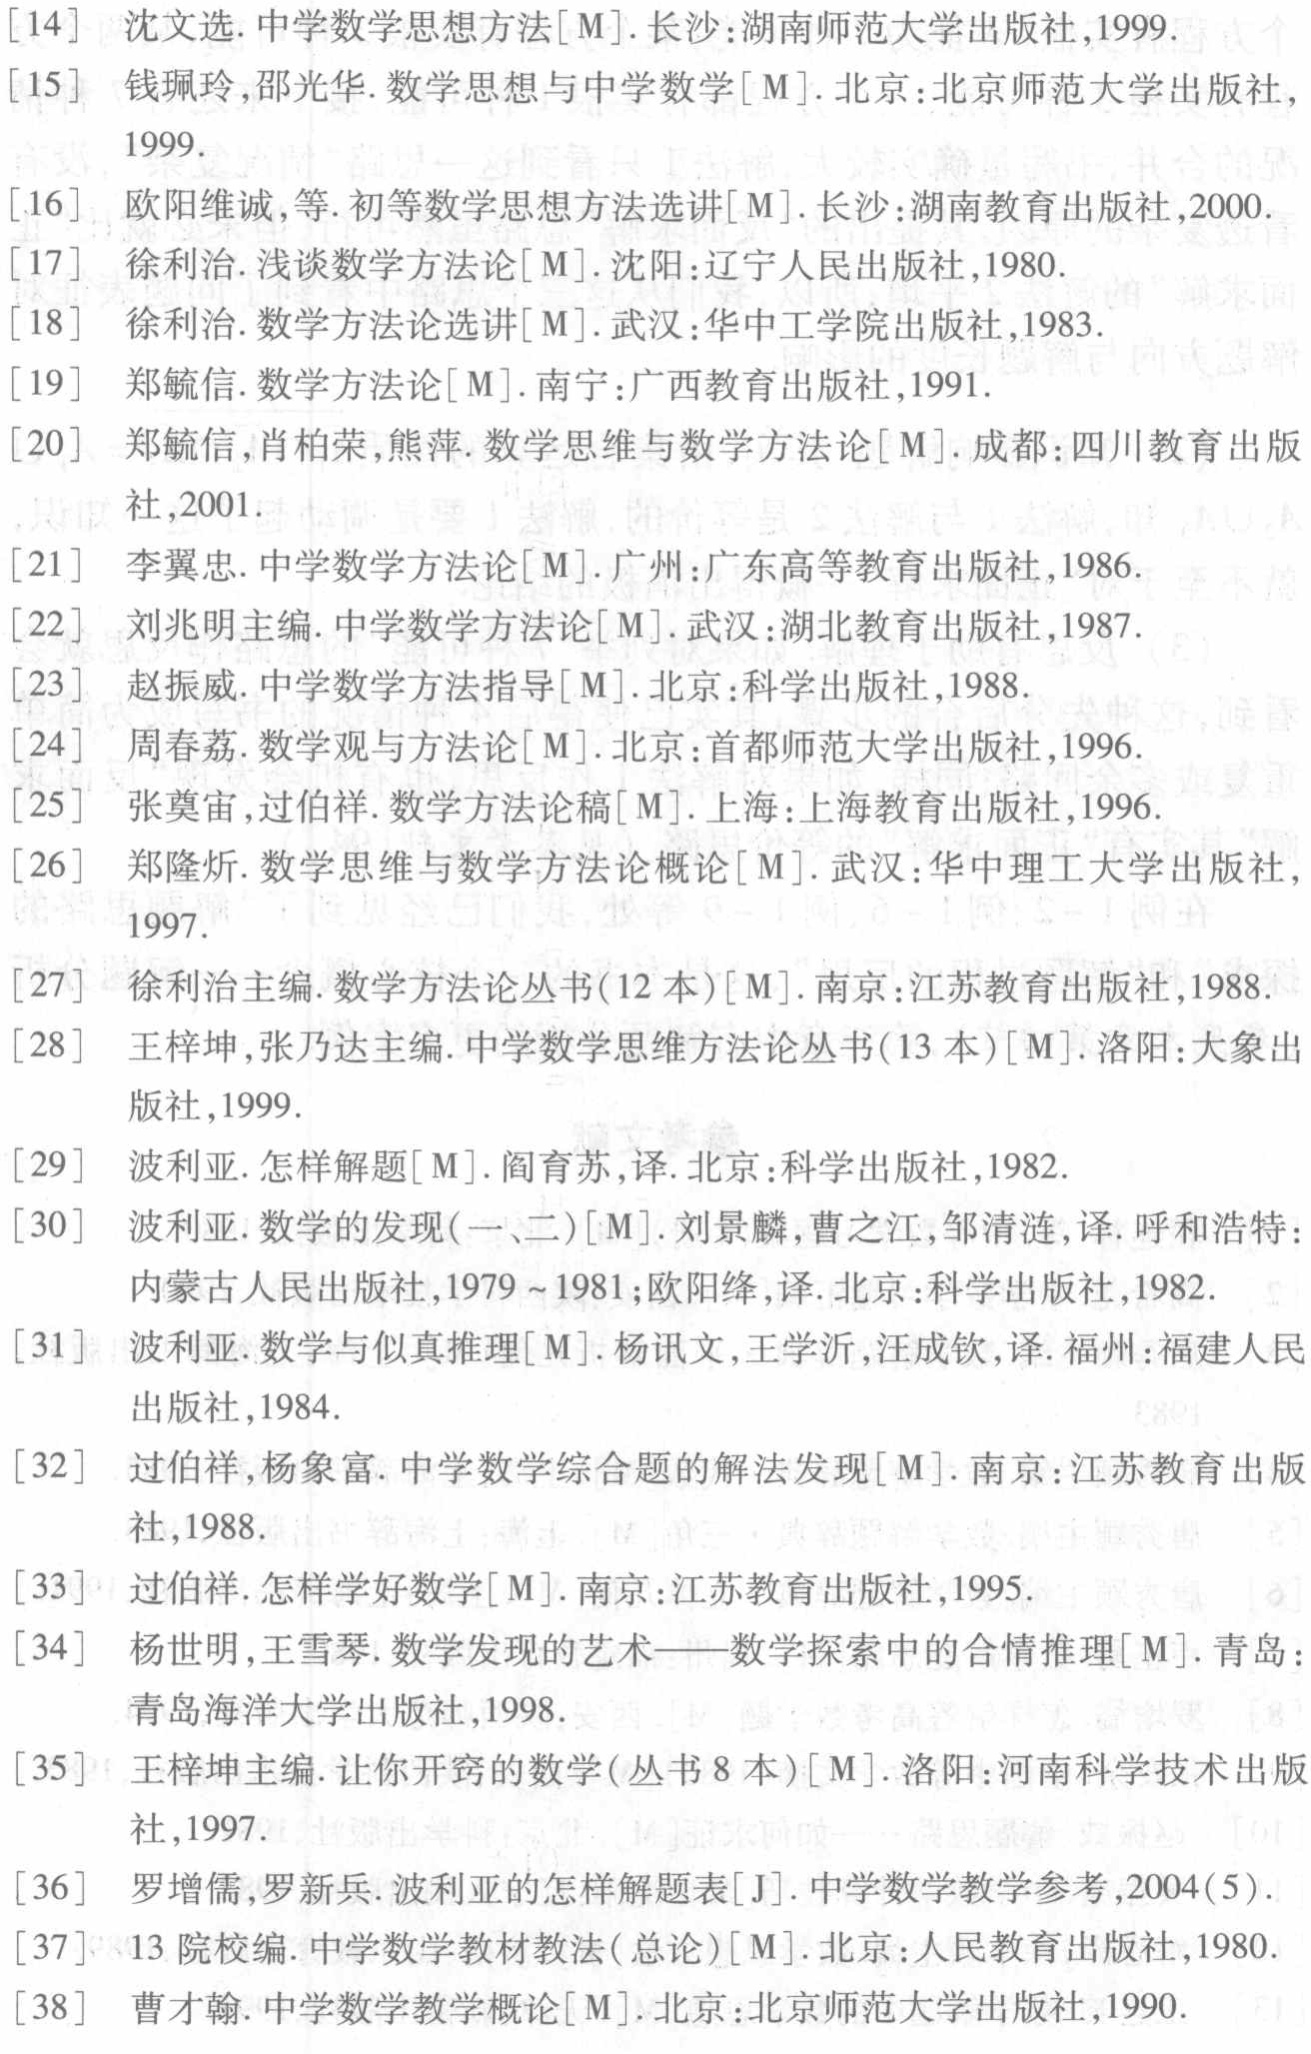
\begin{enumerate}

\item 沈文选. 中学数学思想方法[M]. 长沙:湖南师范大学出版社,1999.

\item 钱珮玲,邵光华. 数学思想与中学数学[M]. 北京:北京师范大学出版社,1999.

\item 欧阳维诚,等. 初等数学思想方法选讲[M]. 长沙:湖南教育出版社,2000.

\item 徐利治. 浅谈数学方法论[M]. 沈阳:辽宁人民出版社,1980.

\item 徐利治. 数学方法论选讲[M]. 武汉:华中工学院出版社,1983.

\item 郑毓信. 数学方法论[M]. 南宁:广西教育出版社,1991.

\item 郑毓信,肖柏荣,熊萍. 数学思维与数学方法论[M]. 成都:四川教育出版社,2001.

\item 李翼忠. 中学数学方法论[M]. 广州:广东高等教育出版社,1986.

\item 刘兆明主编. 中学数学方法论[M]. 武汉:湖北教育出版社,1987.

\item 赵振威. 中学数学方法指导[M]. 北京:科学出版社,1988.

\item 周春荔. 数学观与方法论[M]. 北京:首都师范大学出版社,1996.

\item 张奠宙,过伯祥. 数学方法论稿[M]. 上海:上海教育出版社,1996.

\item 郑隆炘. 数学思维与数学方法论概论[M]. 武汉:华中理工大学出版社,1997.

\item 徐利治主编. 数学方法论丛书(12本)[M]. 南京:江苏教育出版社,1988.

\item 王梓坤,张乃达主编. 中学数学思维方法论丛书(13本)[M]. 洛阳:大象出版社,1999.

\item 波利亚. 怎样解题[M]. 阎育苏,译. 北京:科学出版社,1982.

\item 波利亚. 数学的发现(一、二)[M]. 刘景麟,曹之江,邹清涟,译. 呼和浩特:内蒙古人民出版社,1979 ~ 1981;欧阳绛,译. 北京:科学出版社,1982.

\item 波利亚. 数学与似真推理[M]. 杨讯文,王学沂,汪成钦,译. 福州:福建人民出版社,1984.

\item 过伯祥,杨象富. 中学数学综合题的解法发现[M]. 南京:江苏教育出版社,1988.

\item 过伯祥. 怎样学好数学[M]. 南京:江苏教育出版社,1995.

\item 杨世明,王雪琴. 数学发现的艺术——数学探索中的合情推理[M]. 青岛:青岛海洋大学出版社,1998.

\item 王梓坤主编. 让你开窍的数学(丛书8本)[M]. 洛阳:河南科学技术出版社,1997.

\item 罗增儒,罗新兵. 波利亚的怎样解题表[J]. 中学数学教学参考,2004(5).

\item 13院校编. 中学数学教材教法(总论)[M]. 北京:人民教育出版社,1980.

\item 曹才翰. 中学数学教学概论[M]. 北京:北京师范大学出版社,1990.

\end{enumerate}